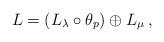
LaTeX: \begin{align*}L=(L_\lambda\circ \theta_p) \oplus L_\mu\,,\end{align*}